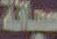
سبانة